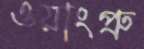
ওয়াংপ্রু